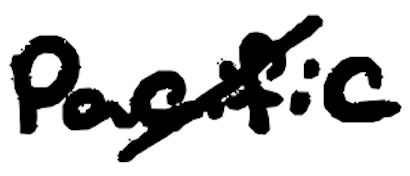
Text: Pacific
Cross-out: mix
Writing tool: digital_black